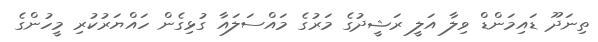
ތިނަދޫ ޑައިމަންޑް ވިލާ އަލީ ރަޝީދުގެ މަރުގެ މައްސަލައާ ގުޅިގެން ހައްޔަރުކުރި މީހުންގެ